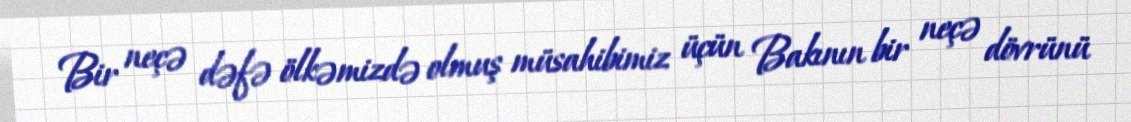
Bir neçə dəfə ölkəmizdə olmuş müsahibimiz üçün Bakının bir neçə dövrünü